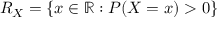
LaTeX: R _ { X } = \{ x \in \mathbb { R } : P ( X = x ) > 0 \}